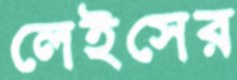
লেইসের